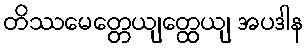
တိဿမေတ္တေယျတ္ထေယျ အပဒါန